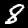
Digit: 8